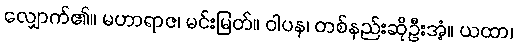
လျှောက်၏။ မဟာရာဇ၊ မင်းမြတ်။ ဝါပန၊ တစ်နည်းဆိုဦးအံ့။ ယထာ၊